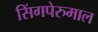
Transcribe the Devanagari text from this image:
सिंगपेरुमाल